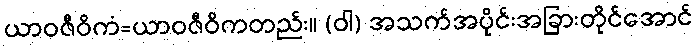
ယာဝဇီဝိကံ=ယာဝဇီဝိကတည်း။ (ဝါ) အသက်အပိုင်းအခြားတိုင်အောင်